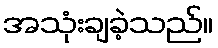
အသုံးချခဲ့သည်။